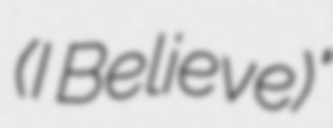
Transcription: (I Believe)"